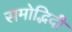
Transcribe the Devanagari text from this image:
समोद्भिदी